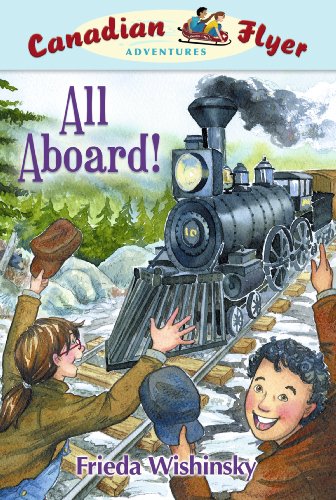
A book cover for Canadian Flyer Adventures #9: All Aboard!; Frieda Wishinsky; Children's Books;